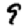
Digit: 9